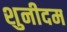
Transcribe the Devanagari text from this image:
शुनीदम